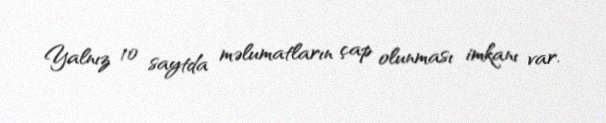
Yalnız 10 saytda məlumatların çap olunması imkanı var.